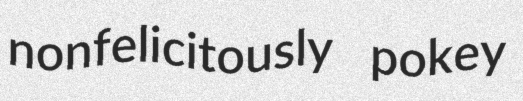
nonfelicitously pokey